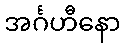
အင်္ဂဟီနော